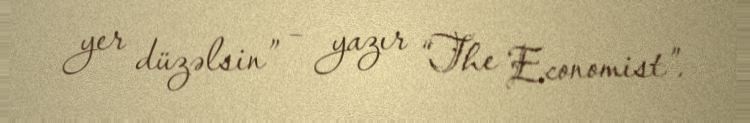
yer düzəlsin” – yazır “The Economist”.